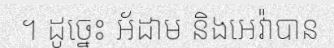
។ ដូច្នេះ អ័ដាម និងអេវ៉ាបាន